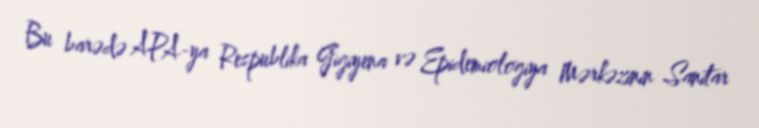
Bu barədə APA-ya Respublika Gigiyena və Epidemiologiya Mərkəzinin Sanitar